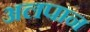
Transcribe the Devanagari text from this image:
अलपान